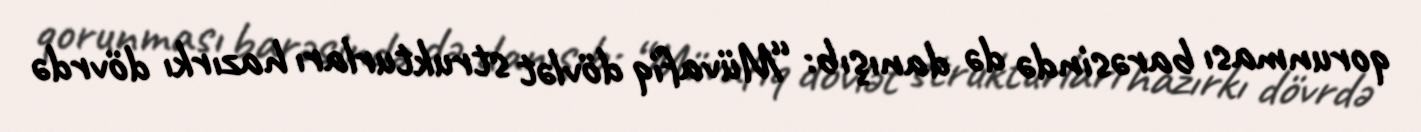
qorunması barəsində də danışıb: “Müvafiq dövlət strukturları hazırkı dövrdə